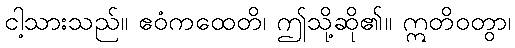
ငါ့သားသည်။ ဧဝံကထေတိ၊ ဤသို့ဆို၏။ ဣတိဝတွာ၊